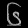
Digit: ၆